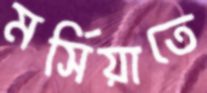
মর্সিয়াতে